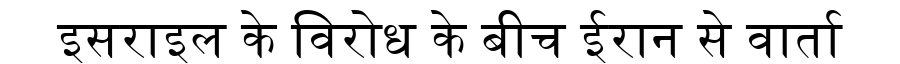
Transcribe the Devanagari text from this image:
इसराइल के विरोध के बीच ईरान से वार्ता